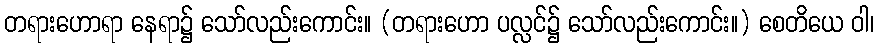
တရားဟောရာ နေရာ၌ သော်လည်းကောင်း။ (တရားဟော ပလ္လင်၌ သော်လည်းကောင်း။) စေတိယေ ဝါ၊